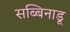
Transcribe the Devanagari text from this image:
सब्बिनाडू